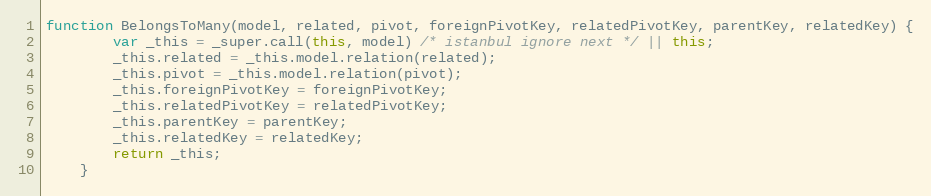
Language: JavaScript
function BelongsToMany(model, related, pivot, foreignPivotKey, relatedPivotKey, parentKey, relatedKey) {
        var _this = _super.call(this, model) /* istanbul ignore next */ || this;
        _this.related = _this.model.relation(related);
        _this.pivot = _this.model.relation(pivot);
        _this.foreignPivotKey = foreignPivotKey;
        _this.relatedPivotKey = relatedPivotKey;
        _this.parentKey = parentKey;
        _this.relatedKey = relatedKey;
        return _this;
    }